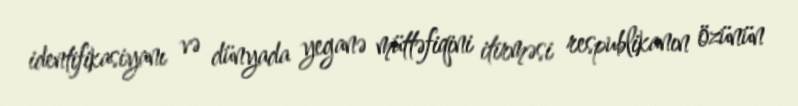
identifikasiyanı və dünyada yeganə müttəfiqini itirməsi respublikanın özünün